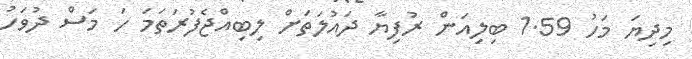
މިދިޔަ މަހު 1.59 ބިލިއަން ރުފިޔާ ދައުލަތަށް ލިބިއްޖެފުރަތަމަ ހަ މަސް ދުވަހު